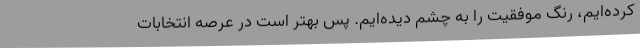
کرده‌ایم، رنگ موفقیت را به چشم دیده‌ایم. پس بهتر است در عرصه انتخابات